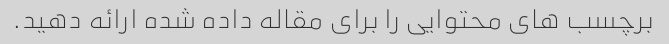
برچسب های محتوایی را برای مقاله داده شده ارائه دهید.